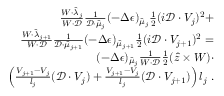
\begin{array} { r l } { \frac { W \cdot \hat { \lambda } _ { j } } { W \cdot \mathcal { D } } \frac { 1 } { \mathcal { D } \cdot \hat { \mu } _ { j } } ( - \Delta \epsilon ) _ { \hat { \mu } _ { j } } \frac { 1 } { 2 } ( i \mathcal { D } \cdot V _ { j } ) ^ { 2 } + } & { } \\ { \frac { W \cdot \hat { \lambda } _ { j + 1 } } { W \cdot \mathcal { D } } \frac { 1 } { \mathcal { D } \cdot \hat { \mu } _ { j + 1 } } ( - \Delta \epsilon ) _ { \hat { \mu } _ { j + 1 } } \frac { 1 } { 2 } ( i \mathcal { D } \cdot V _ { j + 1 } ) ^ { 2 } = } & { } \\ { ( - \Delta \epsilon ) _ { \hat { \mu } _ { j } } \frac { 1 } { W \cdot \mathcal { D } } \frac { 1 } { 2 } ( \hat { z } \times W ) \cdot } & { } \\ { \left( \frac { V _ { j + 1 } - V _ { j } } { l _ { j } } ( \mathcal { D } \cdot V _ { j } ) + \frac { V _ { j + 1 } - V _ { j } } { l _ { j } } ( \mathcal { D } \cdot V _ { j + 1 } ) \right) l _ { j } \; . } \end{array}